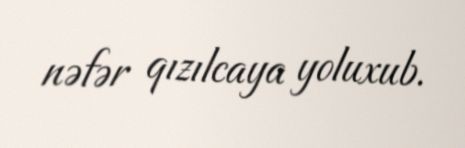
nəfər qızılcaya yoluxub.